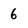
Character: 6